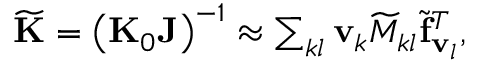
\begin{array} { r } { { \widetilde { \bf K } } = \left( { \bf K } _ { 0 } { \bf J } \right) ^ { - 1 } \approx \sum _ { k l } { \bf v } _ { k } { \widetilde M _ { k l } } { \widetilde { \bf f } _ { { \bf v } _ { l } } ^ { T } } , } \end{array}